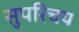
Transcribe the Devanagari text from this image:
सुपरिचय